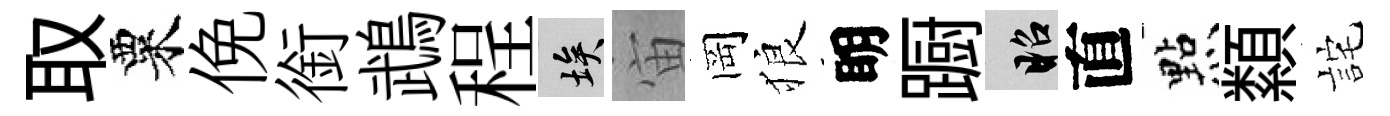
取粟俛銜鵡程埃宙岡狼眀蹰昭直㸃纇詫